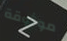
موثوقة